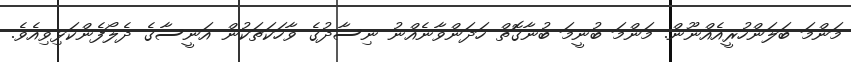
މަންމަ ބަލަންހުރީއެއްނޫން. މަންމަ ބުނީމަ ބުނާގޮތް ހަދަންވާނެއްނު ނިސާދުގެ ވާހަކަތަކުން އަނީސާގެ ދެލޯފެންކަޅިވިއެވެ.